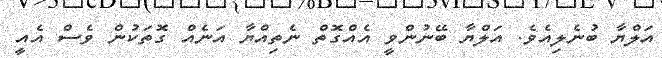
އަލްޔާ ބުނެލިއެވެ. އަލްޔާ ބޭނުންވީ އެއްގޮތް ނެތިއްޔާ އަނެއް ގޮތަކުން ވެސް އެއީ